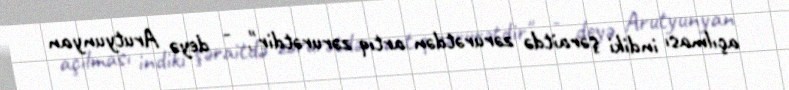
açılması indiki şəraitdə zərurətdən artıq zərurətdir", - deyə Arutyunyan